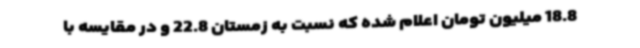
18.8 میلیون تومان اعلام شده که نسبت به زمستان 22.8 و در مقایسه با